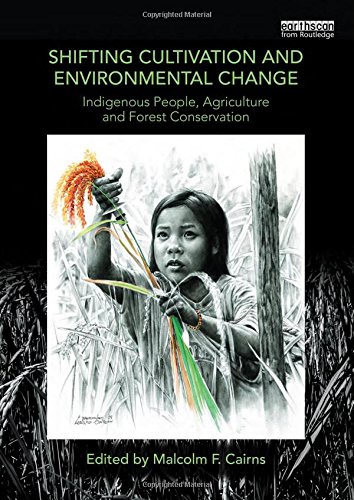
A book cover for Shifting Cultivation and Environmental Change: Indigenous People, Agriculture and Forest Conservation; Science & Math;